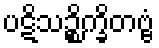
ပဋိသဉ္စိက္ခိတဗ္ဗံ